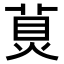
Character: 𤊾